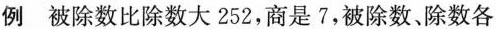
例 被除数比除数大252，商是7，被除数、除数各